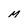
Character: M